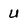
Character: u